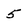
Character: 5